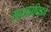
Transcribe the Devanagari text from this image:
सास्सानिडचे